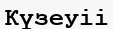
Күзеуіі